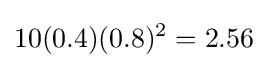
10(0.4)(0.8)^{2}=2.56